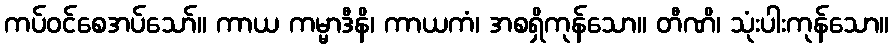
ကပ်ဝင်စေအပ်သော်။ ကာယ ကမ္မာဒီနိ၊ ကာယကံ၊ အစရှိကုန်သော။ တီဏိ၊ သုံးပါးကုန်သော။